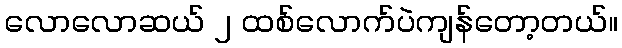
လောလောဆယ် ၂ ထစ်လောက်ပဲကျန်တော့တယ်။